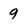
Character: 9